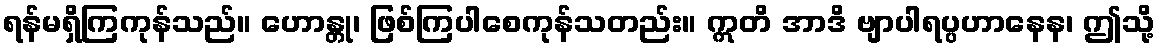
ရန်မရှိကြကုန်သည်။ ဟောန္တု၊ ဖြစ်ကြပါစေကုန်သတည်း။ ဣတိ အာဒိ ဗျာပါရပ္ပဟာနေန၊ ဤသို့